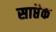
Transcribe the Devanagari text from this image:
साप्तैक